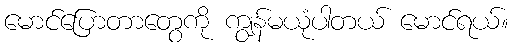
မောင်ပြောတာတွေကို ကျွန်မယုံပါတယ် မောင်ရယ်။